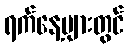
ရက်နေ့များတွင်